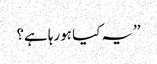
’’یہ کیا ہورہا ہے؟